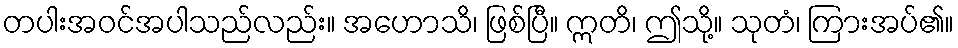
တပါးအဝင်အပါသည်လည်း။ အဟောသိ၊ ဖြစ်ပြီ။ ဣတိ၊ ဤသို့။ သုတံ၊ ကြားအပ်၏။